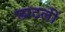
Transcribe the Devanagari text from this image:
छाटलीं